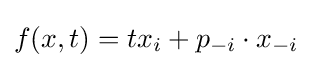
f(x,t)=tx_{i}+p_{-i}\cdot x_{-i}